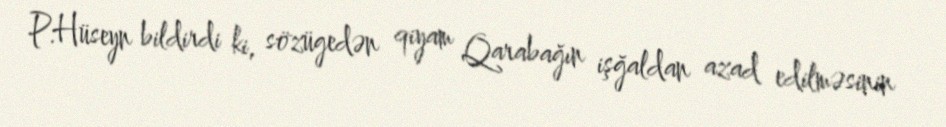
P.Hüseyn bildirdi ki, sözügedən qiyam Qarabağın işğaldan azad edilməsinin